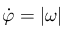
\dot { \varphi } = | \boldsymbol { \omega } |